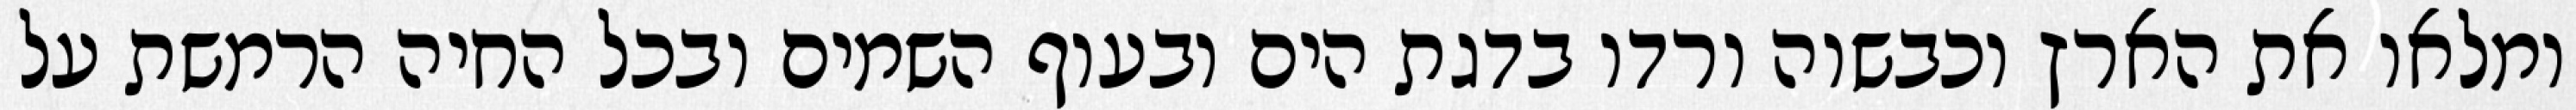
ומלאו את הארץ וכבשוה ורדו בדגת הים ובעוף השמים ובכל החיה הרמשת על